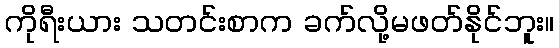
ကိုရီးယား သတင်းစာက ခက်လို့မဖတ်နိုင်ဘူး။